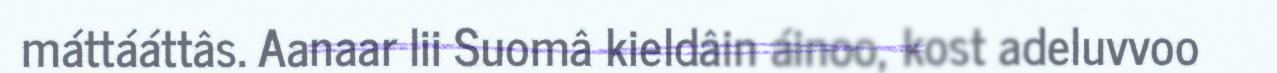
máttááttâs. Aanaar lii Suomâ kieldâin áinoo, kost adeluvvoo